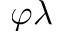
\varphi \lambda